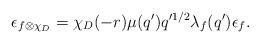
LaTeX: \begin{align*} \epsilon_{f \otimes \chi_D}= \chi_D(-r) \mu(q') q'^{1/2} \lambda_f(q') \epsilon_f.\end{align*}